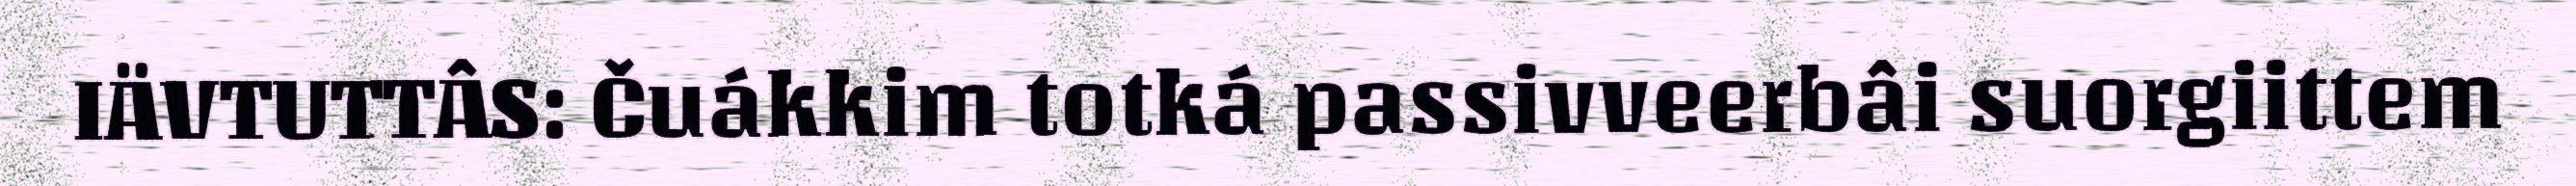
IÄVTUTTÂS: Čuákkim totká passivveerbâi suorgiittem